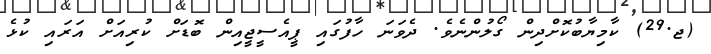
(ޖ.29) ކާމިޔާބުކޮށްދިން ގޯލުންނެވެ. ދެވަނަ ހާފުގައި ޕީއެސީޖީއިން ބޮޑަށް ކުރިއަށް އަރައި ކުޅެ